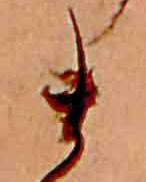
ま